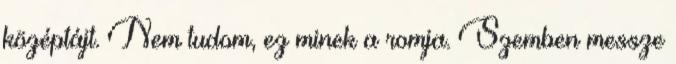
középtájt. Nem tudom, ez minek a romja. Szemben messze